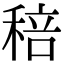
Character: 稖